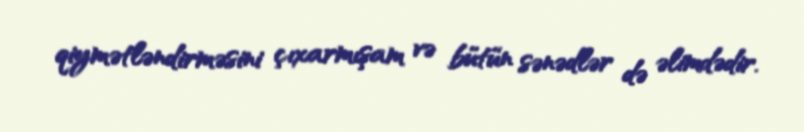
qiymətləndirməsini çıxarmışam və bütün sənədlər də əlimdədir.